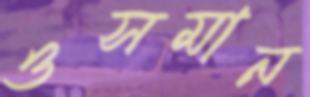
ওসমান